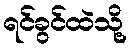
ရင်ခွင်ထဲသို့